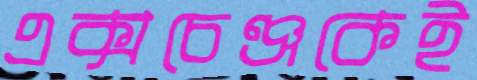
এক্সচেঞ্জকেই